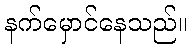
နက်မှောင်နေသည်။